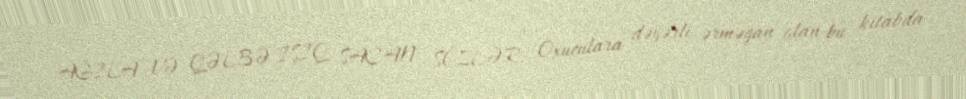
AĞILA VƏ QƏLBƏ İŞIQ SAÇAN SÖZLƏR: Oxuculara dəyərli ərməğan olan bu kitabda